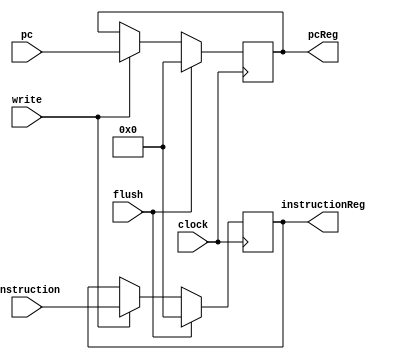
module IFID(clock, flush, write, pc, instruction, pcReg, instructionReg); 
	     
	input clock, flush, write; 
	input [31:0] pc, instruction;
	output [31:0] instructionReg, pcReg; 
	reg [31:0] instructionReg, pcReg; 
	    
	initial begin 
		instructionReg = 0; 
		pcReg = 0; 
	end 
	
	always@(posedge clock) 
	begin 
		if(flush) 
		begin 
		   instructionReg <= 0; 
		   pcReg <=0; 
		end 
		else if(write) 
		begin 
		   instructionReg <= instruction; 
		   pcReg <= pc; 
		end 
	end 
endmodule